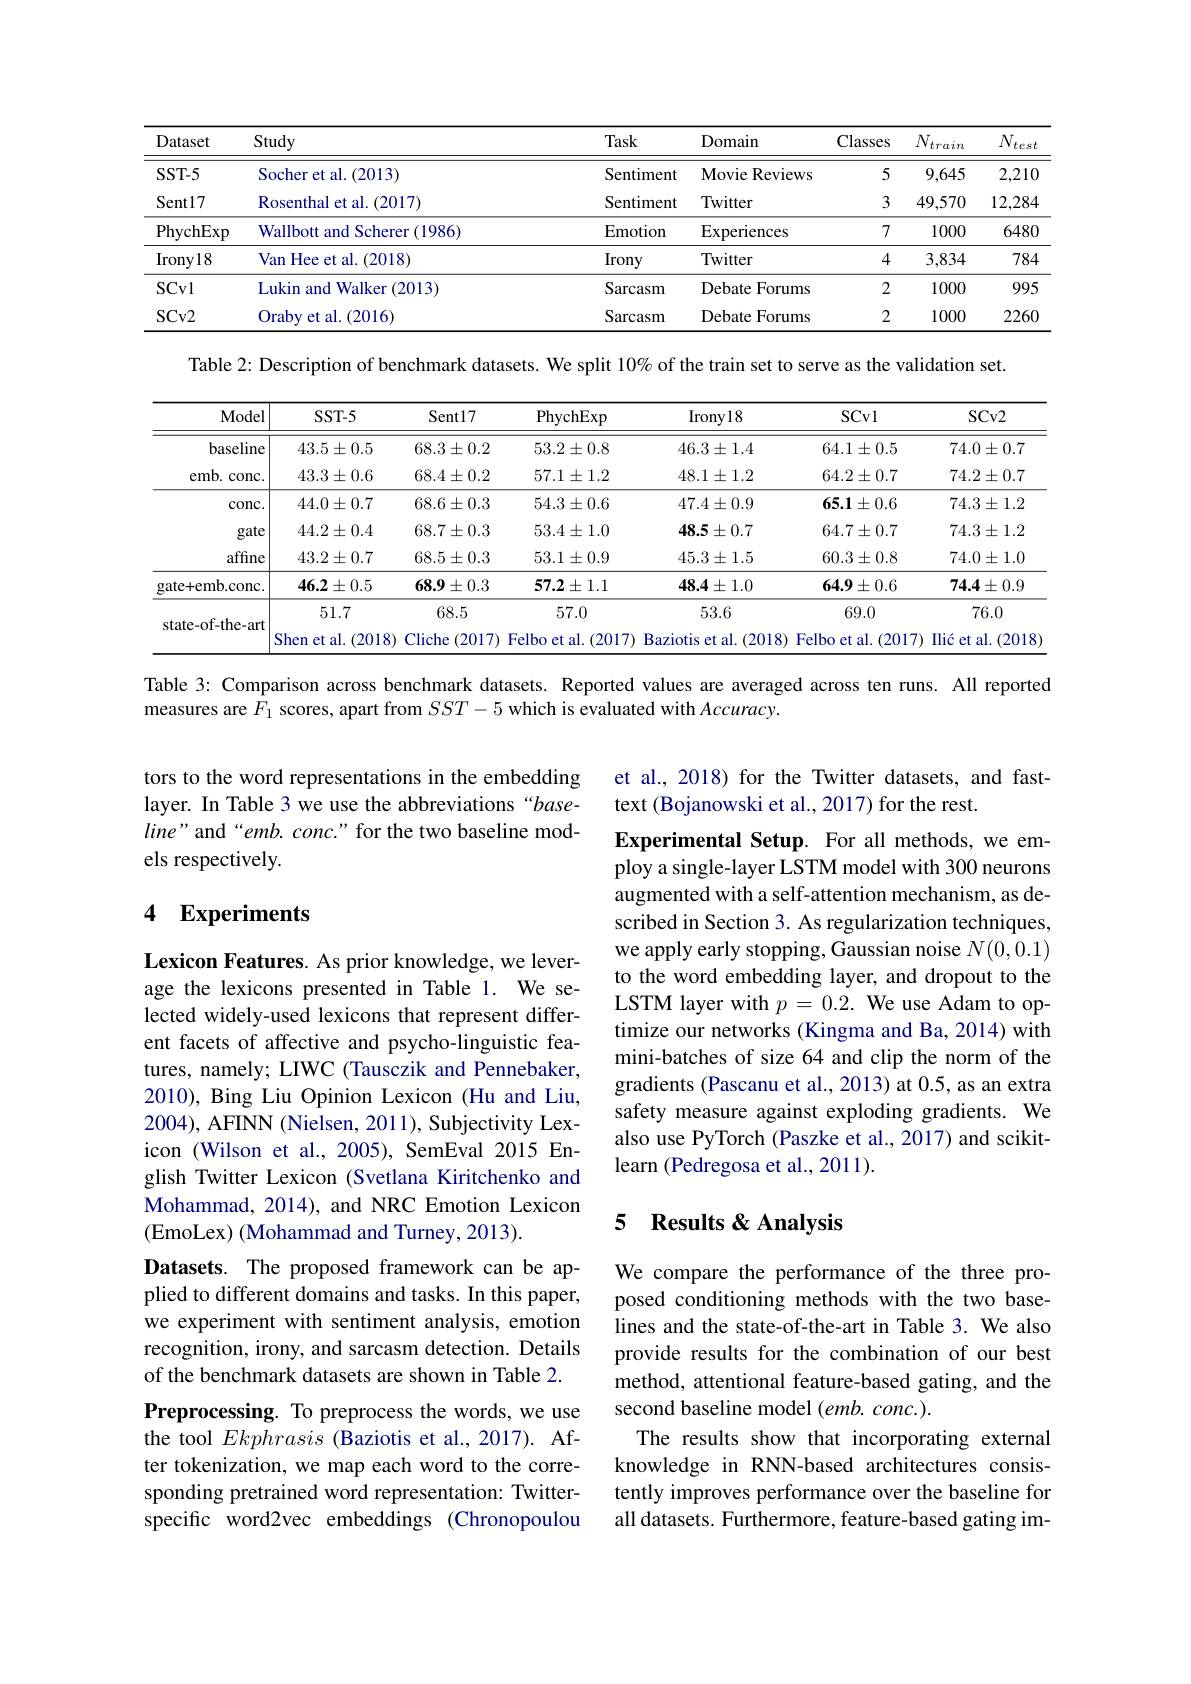
<table>
	<tbody>
		<tr>
			<th>Dataset</th>
			<th>Study</th>
			<th>Task</th>
			<th>Domain</th>
			<th>Classes</th>
			<th>$\underline{N_{train}}$</th>
			<th>$\underline{N_{test}}$</th>
		</tr>
		<tr>
			<td>$SST-5$</td>
			<td>Socher et al. (2013)</td>
			<td>Sentiment</td>
			<td>Movie Reviews</td>
			<td>5</td>
			<td>9,645</td>
			<td>2,210</td>
		</tr>
		<tr>
			<td>Sent17</td>
			<td>Rosenthal et al. ( 2017) </td>
			<td>Sentiment</td>
			<td>Twitter</td>
			<td>3</td>
			<td>49,570</td>
			<td>12,284</td>
		</tr>
		<tr>
			<td>PhychExp</td>
			<td>Wallbott and Scherer (1986)</td>
			<td>Emotion</td>
			<td>$\operatorname{Experiences}$</td>
			<td>7</td>
			<td>1000</td>
			<td>6480</td>
		</tr>
		<tr>
			<td>$\operatorname{Irony18}$</td>
			<td>Van Hee et al. (2018)</td>
			<td>Irony</td>
			<td>Twitter</td>
			<td>4</td>
			<td>3,834</td>
			<td>784</td>
		</tr>
		<tr>
			<td>$SCv1$</td>
			<td>Lukin and Walker (2013)</td>
			<td>Sarcasm</td>
			<td>Debate Forums</td>
			<td>2</td>
			<td>1000</td>
			<td>995</td>
		</tr>
		<tr>
			<td>$SCv2$</td>
			<td>Oraby et al. (2016)</td>
			<td>Sarcasm</td>
			<td>Debate ${\mathrm{e}}$Forums T</td>
			<td>2</td>
			<td>1000</td>
			<td>2260</td>
		</tr>
	</tbody>
</table>

Table 2: Description of benchmark datasets. We split 10% of the train set to serve as the validation set.

<table>
	<tbody>
		<tr>
			<th>Model</th>
			<th>$SST-5$</th>
			<th>Sent17</th>
			<th>PhychExp</th>
			<th>$\operatorname{Irony18}$</th>
			<th>$SCv1$</th>
			<th>$SCv2$</th>
		</tr>
		<tr>
			<td>baseline</td>
			<td>$43.5\pm0.5$</td>
			<td>$68.3\pm0.2$</td>
			<td>$53.2\pm0.8$</td>
			<td>$46.3\pm1.4$</td>
			<td>$64.1\pm0.5$</td>
			<td>$74.0\pm0.7$</td>
		</tr>
		<tr>
			<td>$emb.$ $\operatorname{conc}$</td>
			<td>$43.3\pm0.6$</td>
			<td>$68.4\pm0.2$</td>
			<td>$57.1\pm1.2$</td>
			<td>$48.1\pm1.2$</td>
			<td>$64.2\pm0.7$</td>
			<td>$74.2\pm0.7$</td>
		</tr>
		<tr>
			<td>$\operatorname{conc}.$</td>
			<td>$44.0\pm0.7$</td>
			<td>$68.6\pm0.3$</td>
			<td>$54.3\pm0.6$</td>
			<td>$47.4\pm0.9$</td>
			<td>$65.1\pm0.6$</td>
			<td>$74.3\pm1.2$</td>
		</tr>
		<tr>
			<td>gate</td>
			<td>$44.2\pm0.4$</td>
			<td>$68.7\pm0.3$</td>
			<td>$53.4\pm1.0$</td>
			<td>$48.5\pm0.7$</td>
			<td>$64.7\pm0.7$</td>
			<td>$74.3\pm1.2$</td>
		</tr>
		<tr>
			<td>affine</td>
			<td>$43.2\pm0.7$</td>
			<td>$68.5\pm0.3$</td>
			<td>$53.1\pm0.9$</td>
			<td>$45.3\pm1.5$</td>
			<td>$60.3\pm0.8$</td>
			<td>$74.0\pm1.0$</td>
		</tr>
		<tr>
			<td>gate+emb.conc.</td>
			<td>$46.2\pm0.5$</td>
			<td>$68.9\pm0.3$</td>
			<td>$$57.2\pm1.1$$</td>
			<td>$48.4\pm1.0$</td>
			<td>$64.9\pm0.6$</td>
			<td>$74.4\pm0.9$</td>
		</tr>
		<tr>
			<td>state-of-the-art</td>
			<td>51.7</td>
			<td>68.5</td>
			<td>57.0</td>
			<td>53.6</td>
			<td>69.0</td>
			<td>76.0</td>
		</tr>
		<tr>
			<td>statevi-uiv-u</td>
			<td>Shen $\textbf{et al. }$ 2018</td>
			<td>Cliche 2017)</td>
			<td>Felbo et al. (2017)</td>
			<td>Baziotis et al. (2018</td>
			<td>Felbo et al. (2017 </td>
			<td>Ilić et $et$ al. (2018</td>
		</tr>
	</tbody>
</table>

Table 3: Comparison across benchmark datasets. Reported values are averaged across ten runs. All reported
measures are $F_1$ scores, apart from $SST-5$ which is evaluated with $Accuracy.$

et al., 2018) for the Twitter datasets, and fast-
text (Bojanowski et al., 2017) for the rest.

tors to the word representations in the embedding layer. In Table 3 we use the abbreviations “base- $line"$ and“emb. conc.” for the two baseline models respectively.

## 4 Experiments

Experimental Setup. For all methods, we employ a single-layer LSTM model with 300 neurons augmented with a self-attention mechanism, as described in Section 3. As regularization techniques, we apply early stopping, Gaussian noise $N(0,0.1)$ to the word embedding layer, and dropout to the LSTM layer with $p=0.2.$ We use Adam to optimize our networks (Kingma and Ba, 2014) with mini-batches of size 64 and clip the norm of the gradients (Pascanu et al., 2013) at 0.5, as an extra safety measure against exploding gradients. We also use PyTorch (Paszke et al., 2017) and scikitlearn (Pedregosa et al., 2011).

### 5 Results &Analysis

Lexicon Features. As prior knowledge, we leverage the lexicons presented in Table 1. We selected widely-used lexicons that represent different facets of affective and psycho-linguistic features, namely; LIWC (Tausczik and Pennebaker, 2010), Bing Liu Opinion Lexicon (Hu and Liu, 2004), AFINN (Nielsen, 2011), Subjectivity Lexicon (Wilson et al., 2005), SemEval 2015 English Twitter Lexicon (Svetlana Kiritchenko and Mohammad, 2014), and NRC Emotion Lexicon (EmoLex) (Mohammad and Turney, 2013).
Datasets. The proposed framework can be applied to different domains and tasks. In this paper, we experiment with sentiment analysis, emotion recognition, irony, and sarcasm detection. Details of the benchmark datasets are shown in Table 2. Preprocessing. To preprocess the words, we use the tool Ekphrasis (Baziotis et al., 2017). After tokenization, we map each word to the corresponding pretrained word representation: Twitterspecific word2vec embeddings (Chronopoulou

We compare the performance of the three proposed conditioning methods with the two baselines and the state-of-the-art in Table 3. We also provide results for the combination of our best method, attentional feature-based gating, and the second baseline model $(emb.conc.).$
The results show that incorporating external knowledge in RNN-based architectures consistently improves performance over the baseline for all datasets. Furthermore, feature-based gating im-